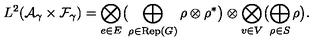
L ^ { 2 } ( { \cal A } _ { \gamma } \times { \cal F } _ { \gamma } ) = \bigotimes _ { e \in E } \bigl ( \bigoplus _ { \rho \in \mathrm { R e p } ( G ) } \rho \otimes \rho ^ { * } \bigr ) \otimes \bigotimes _ { v \in V } \bigl ( \bigoplus _ { \rho \in S } \rho \bigr ) .